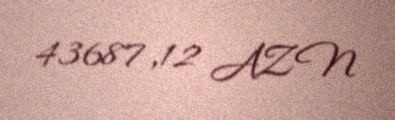
43687,12 AZN